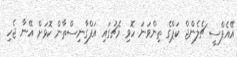
އޭއެފްސީ ޗެލެންޖް ކަޕްގެ ތިންވަނަ ހޮވި މެޗުގައި އަފްގާނިސްތާން ކޮޅަށް އޭނާ ޖެހި